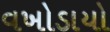
વખોડાયો